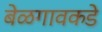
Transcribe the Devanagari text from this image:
बेळगावकडे